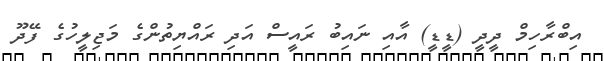
އިބްރާހިމް ދީދީ (ޑީޑީ) އާއި ނައިބު ރައީސް އަދި ރައްޔިތުންގެ މަޖިލީހުގެ ފޭދޫ